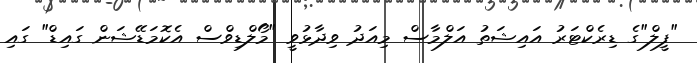
"ފީލް"ގެ ޑިރެކްޓަރު އައިޝަތު އަލްމާސް މިއަދު ވިދާޅުވީ "މޯލްޑިވްސް އެކޮމަޑޭޝަން ގައިޑް" ގައި